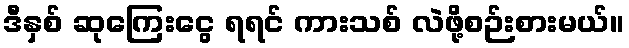
ဒီနှစ် ဆုကြေးငွေ ရရင် ကားသစ် လဲဖို့စဉ်းစားမယ်။